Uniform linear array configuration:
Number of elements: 64
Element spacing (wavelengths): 1
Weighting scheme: hann
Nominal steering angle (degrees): -30
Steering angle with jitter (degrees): -30.282
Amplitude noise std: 0.05
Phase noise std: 0.05

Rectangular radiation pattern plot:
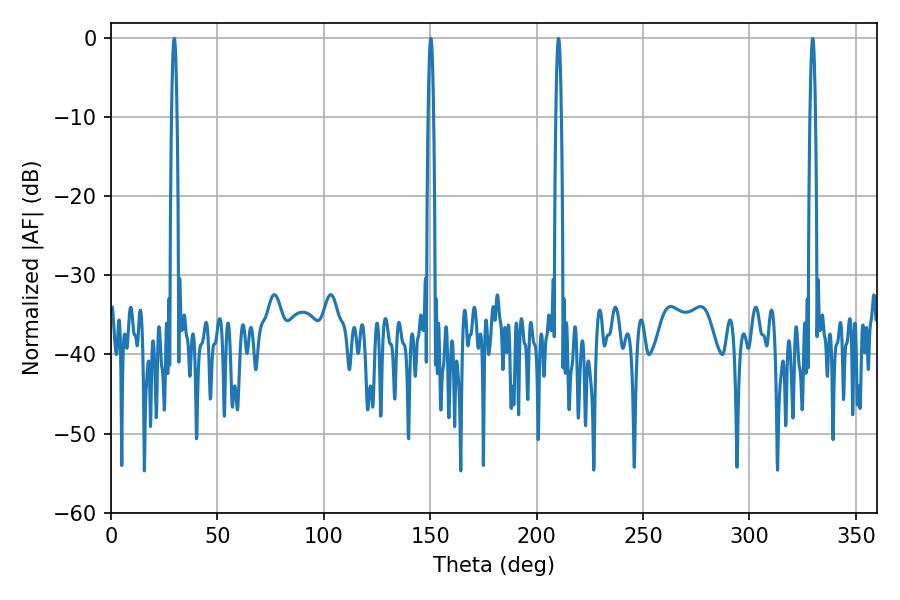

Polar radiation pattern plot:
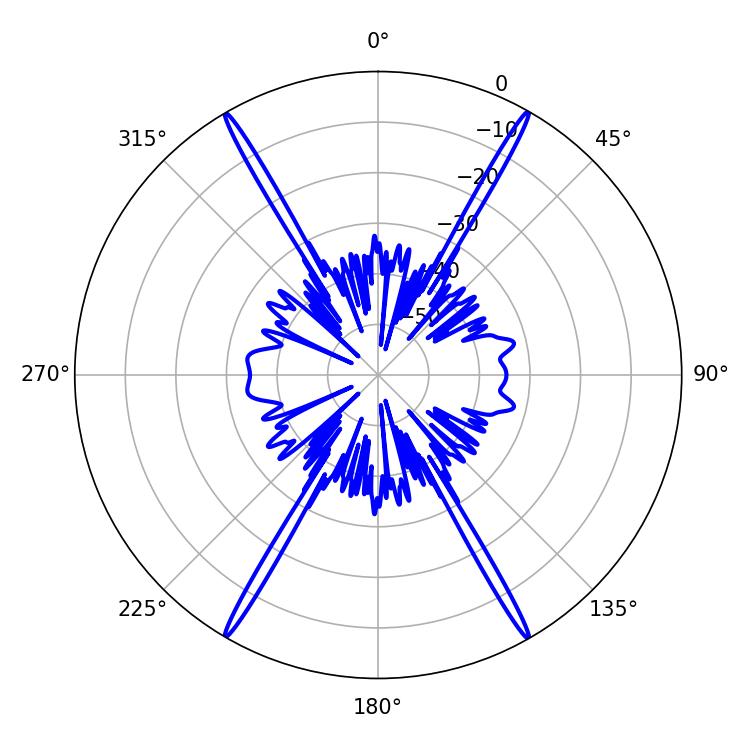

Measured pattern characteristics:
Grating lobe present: TRUE
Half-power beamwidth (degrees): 1.44
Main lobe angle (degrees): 29.7